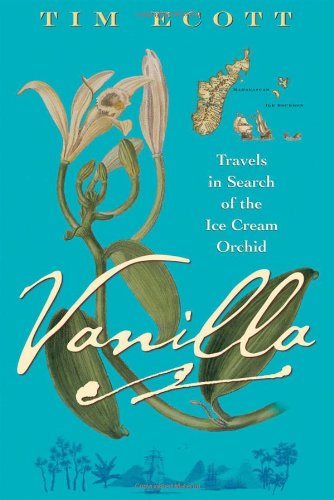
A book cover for Vanilla: Travels in Search of the Ice Cream Orchid; Tim Ecott; Cookbooks, Food & Wine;